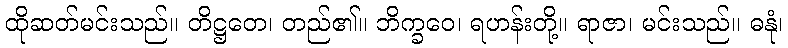
ထိုဆတ်မင်းသည်။ တိဋ္ဌတေ၊ တည်၏။ ဘိက္ခဝေ၊ ရဟန်းတို့။ ရာဇာ၊ မင်းသည်။ ဓနုံ၊